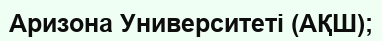
Аризона Университеті (АҚШ);